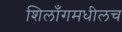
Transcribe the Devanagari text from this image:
शिलाँगमधीलच